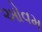
ઓવમ